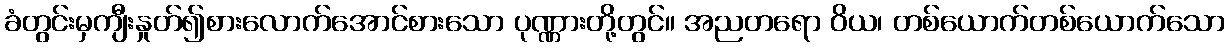
ခံတွင်းမှကျီးနှုတ်၍စားလောက်အောင်စားသော ပုဏ္ဏားတို့တွင်။ အညတရော ဝိယ၊ တစ်ယောက်တစ်ယောက်သော